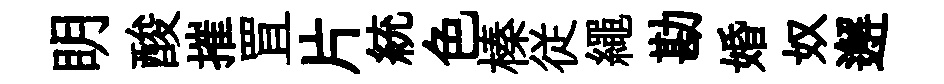
眀酸摧罝片統色榛従繩勘婚奴邂